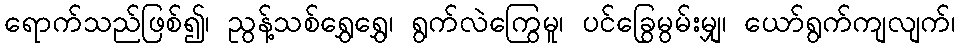
ရောက်သည်ဖြစ်၍၊ ညွန့်သစ်ရွှေရွှေ၊ ရွက်လဲကြွေမူ၊ ပင်ခြွေမွမ်းမျှ၊ ယော်ရွက်ကျလျက်၊